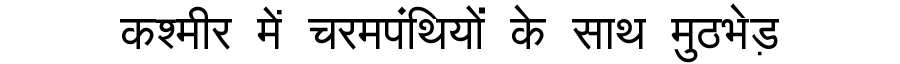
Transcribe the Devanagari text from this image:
कश्मीर में चरमपंथियों के साथ मुठभेड़